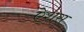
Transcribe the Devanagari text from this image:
ऐशस